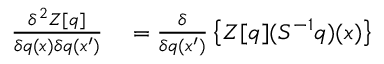
\begin{array} { r l } { \frac { \delta ^ { 2 } Z [ q ] } { \delta q ( x ) \delta q ( x ^ { \prime } ) } } & { { } = \frac { \delta } { \delta q ( x ^ { \prime } ) } \left\{ Z [ q ] ( S ^ { - 1 } q ) ( x ) \right\} } \end{array}